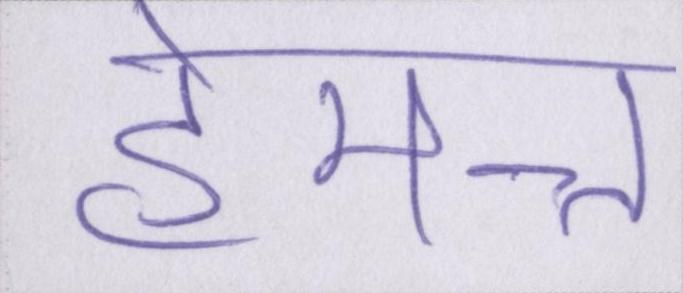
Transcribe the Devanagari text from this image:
हेमन्त